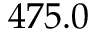
4 7 5 . 0